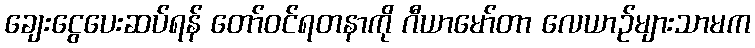
ချေးငွေပေးဆပ်ရန် တော်ဝင်ရတနာကို ဂီယာမော်တာ လေယာဉ်များသာမက